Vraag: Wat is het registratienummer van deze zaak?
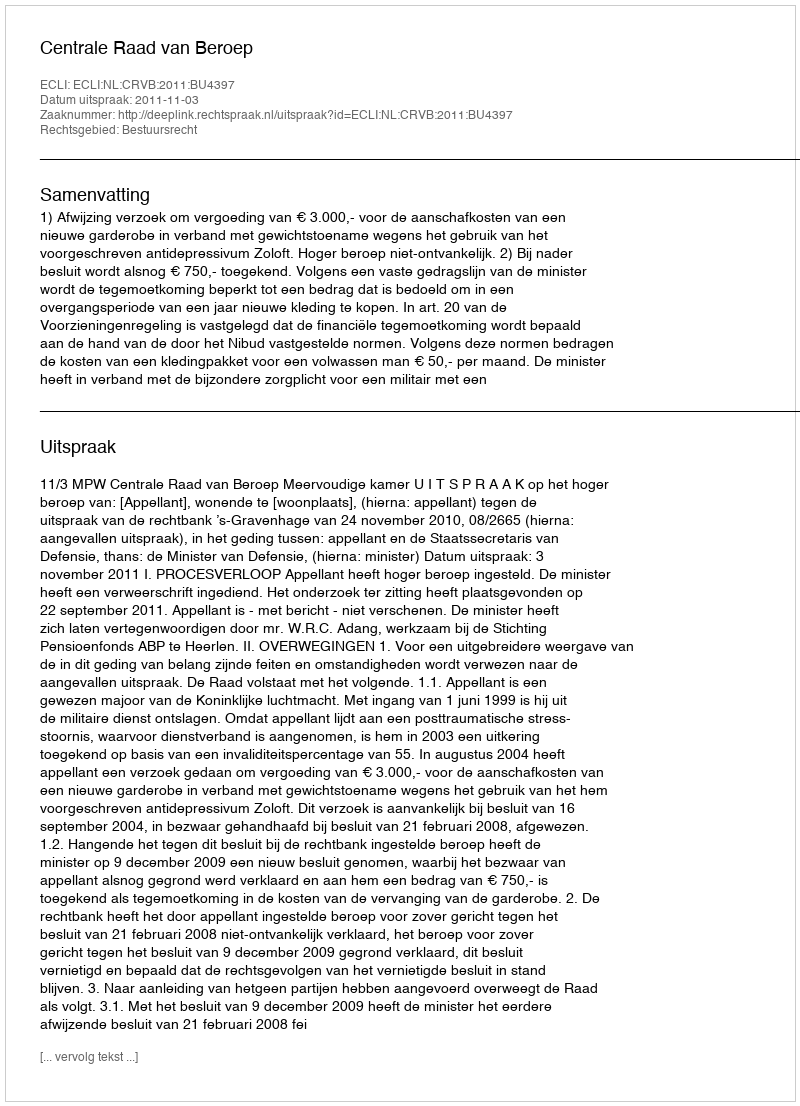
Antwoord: http://deeplink.rechtspraak.nl/uitspraak?id=ECLI:NL:CRVB:2011:BU4397